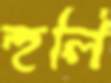
হুলি